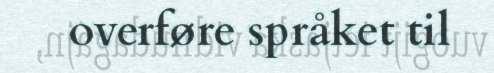
overføre språket til